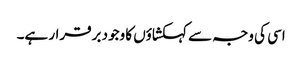
اسی کی وجہ سے کہکشاؤں کا وجود برقرار ہے۔